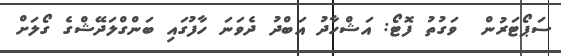
ސަޕޯޓަރުން  ވަގުތު ފޮޓޯ: އަޝްހާދު އަބްދު ދެވަނަ ހާފުގައި ބަންގްލަދޭޝްގެ ގޯލަށް